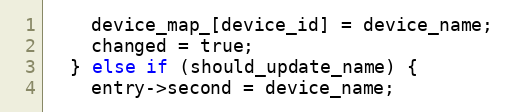
Language: C++
    device_map_[device_id] = device_name;
    changed = true;
  } else if (should_update_name) {
    entry->second = device_name;